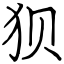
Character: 狈